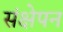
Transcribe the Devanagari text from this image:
संक्षेपन